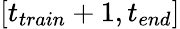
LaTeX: [t_{train}+1,{t_{end}}]